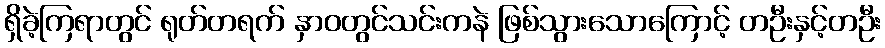
ရှိခဲ့ကြရာတွင် ရုတ်တရက် နှာဝတွင်သင်းကနဲ ဖြစ်သွားသောကြောင့် တဦးနှင့်တဦး